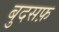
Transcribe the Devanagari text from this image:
बुदसफ़